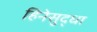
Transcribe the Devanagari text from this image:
हिनेसुद्धा